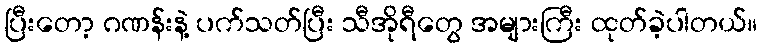
ပြီးတော့ ဂဏန်းနဲ့ ပက်သတ်ပြီး သီအိုရီတွေ အများကြီး ထုတ်ခဲ့ပါတယ်။